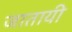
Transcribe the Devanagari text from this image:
जातायी